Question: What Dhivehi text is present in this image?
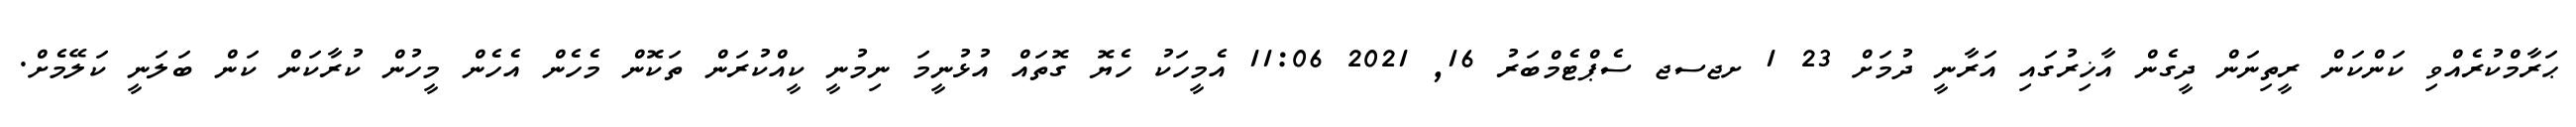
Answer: ޙަރާމްކުރެއްވި ކަންކަން ރީތިނަން ދީގެން އާޚިރުގައި އަރާނީ ދުމަށް 23 1 ށޖސޖ ސެޕްޓެމްބަރު 16, 2021 11:06 އެމީހަކު ހެޔޮ ގޮތައް އުޅުނީމަ ނިމުނީ ކީއްކުރަން ތަކޮން މެހެން އެހެން މީހުން ކުރާކަން ކަން ބަލަނީ ކަލޭމެށް.